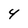
Character: 4